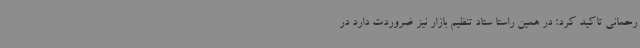
رحمانی تاکید کرد: در همین راستا ستاد تنظیم بازار نیز ضروردت دارد در